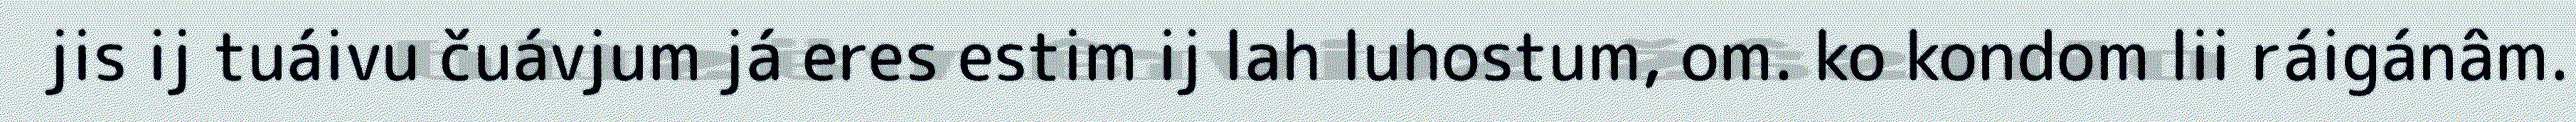
jis ij tuáivu čuávjum já eres estim ij lah luhostum, om. ko kondom lii ráigánâm.